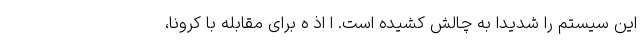
این سیستم را شدیداً به چالش کشیده است. ا اذ ه برای مقابله با کرونا،